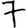
Digit: 7